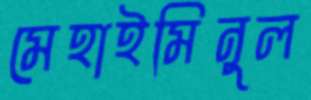
মেহাইমিনুল